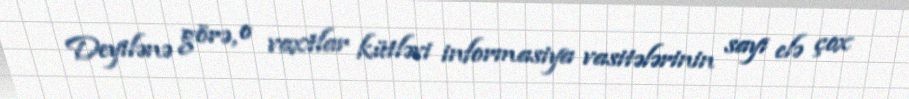
Deyilənə görə, o vaxtlar kütləvi informasiya vasitələrinin sayı elə çox